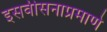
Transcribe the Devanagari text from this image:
इसवीसनाप्रमाणे